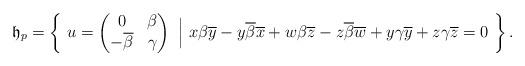
LaTeX: \begin{align*}&\mathfrak{h}_{p}=\left\{~u=\begin{pmatrix}0&\beta\\-\overline{\beta}&\gamma\end{pmatrix}~\Bigr|~x\beta\overline{y}-y\overline{\beta}\overline{x}+w\beta\overline{z}-z\overline{\beta}\overline{w}+y{\gamma}\overline{y}+z{\gamma}\overline{z}=0~\right\}.\end{align*}